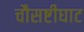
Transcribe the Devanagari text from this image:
चौसष्टीघाट